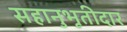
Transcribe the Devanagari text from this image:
सहानुभूतीदार